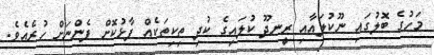
މަހުގެ ބޮލުގައި ނޫކުލައާއި ރީނދޫ ކުލައިގެ ކުދި ތިކިތަކެއް ފާޅުކޮށް ފެންނަށް ހުރެއެވެ.